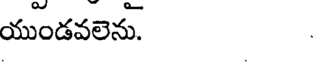
యుండవలెను. .